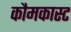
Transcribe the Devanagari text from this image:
कौमकास्ट